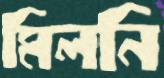
মিলনি